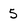
Character: 5